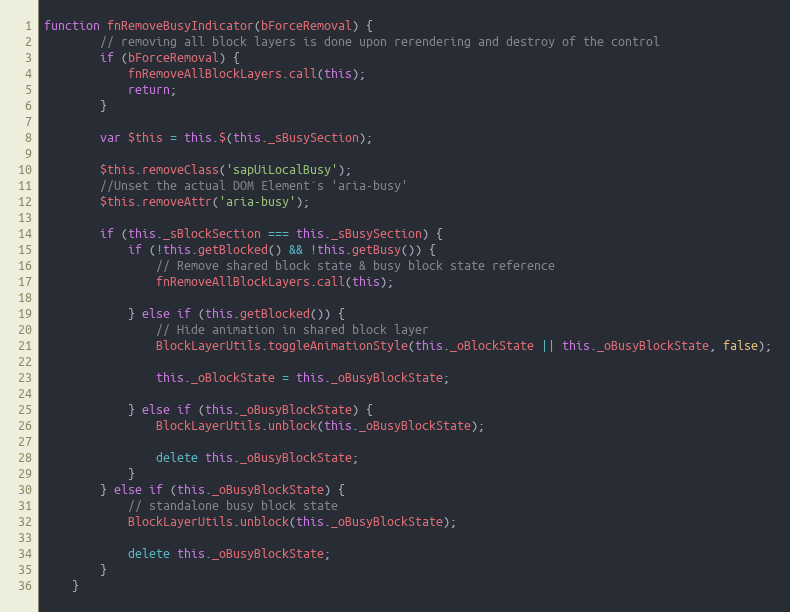
Language: JavaScript
function fnRemoveBusyIndicator(bForceRemoval) {
		// removing all block layers is done upon rerendering and destroy of the control
		if (bForceRemoval) {
			fnRemoveAllBlockLayers.call(this);
			return;
		}

		var $this = this.$(this._sBusySection);

		$this.removeClass('sapUiLocalBusy');
		//Unset the actual DOM Element´s 'aria-busy'
		$this.removeAttr('aria-busy');

		if (this._sBlockSection === this._sBusySection) {
			if (!this.getBlocked() && !this.getBusy()) {
				// Remove shared block state & busy block state reference
				fnRemoveAllBlockLayers.call(this);

			} else if (this.getBlocked()) {
				// Hide animation in shared block layer
				BlockLayerUtils.toggleAnimationStyle(this._oBlockState || this._oBusyBlockState, false);

				this._oBlockState = this._oBusyBlockState;

			} else if (this._oBusyBlockState) {
				BlockLayerUtils.unblock(this._oBusyBlockState);

				delete this._oBusyBlockState;
			}
		} else if (this._oBusyBlockState) {
			// standalone busy block state
			BlockLayerUtils.unblock(this._oBusyBlockState);

			delete this._oBusyBlockState;
		}
	}